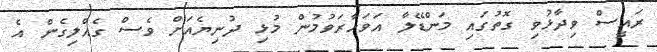
ރައީސް ވިދާޅުވި ގޮތުގައި މަންޑޭލާ އަވަހާރަވުމުން މުޅި ދުނިޔެއަށް ވެސް ގެއްލިގެން އެ